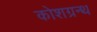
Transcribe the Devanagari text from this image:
कोशग्रन्थ